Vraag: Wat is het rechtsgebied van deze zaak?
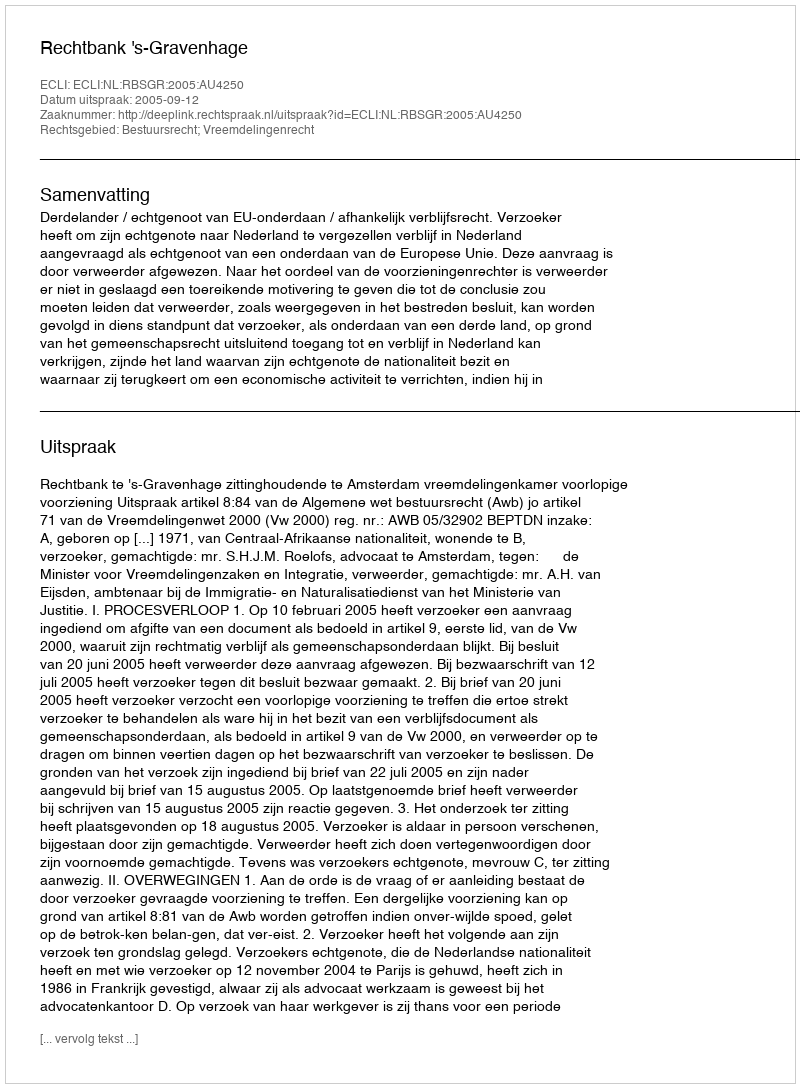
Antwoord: Bestuursrecht; Vreemdelingenrecht